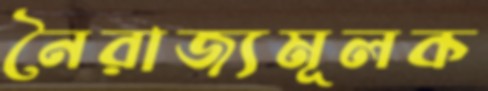
নৈরাজ্যমূলক